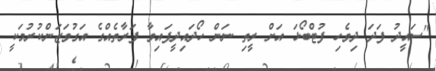
"ސައީދު ފަދަ ދިވެހި ފުޓްބޯޅަ އަށް ރީތި ނަން ހޯދައިދީފައިވާ ފަރާތެއްގެ އަގުވަޒަންކުރުމަކީ